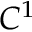
C ^ { 1 }